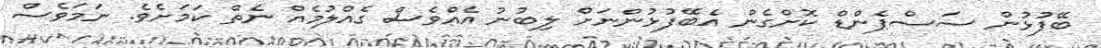
ބޭފުޅުން ސަސްޕެންޑް ކޮށްގެން އެބޭފުޅުންނަށް ލިބުނު އެއްވެސް ގެއްލުމެއް ނެތް ކަމަށެވެ. ނަމަވެސް